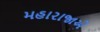
મહારાજાએ